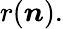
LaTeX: r(\boldsymbol{n}).